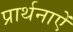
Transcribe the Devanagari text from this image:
प्रार्थनाऐं